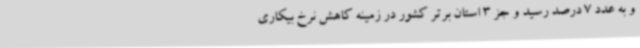
و به عدد 7 درصد رسید و جز 3 استان برتر کشور در زمینه کاهش نرخ بیکاری